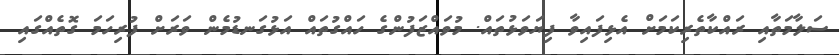
ސަލާމަތާއި ރައްކާތެރިކަމަށް އެޅިފައިވާ ފިޔަވަޅުތައް. މުވައްޒަފުންގެ ހައްގުތައް އަޅުގަނޑުމެން ވަރަށް ފުރިހަމަ ގޮތެއްގައި